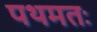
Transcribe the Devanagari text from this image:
पथमतः